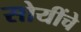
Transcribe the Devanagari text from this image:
सोयींचे